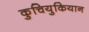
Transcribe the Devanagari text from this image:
कुचियुकियान